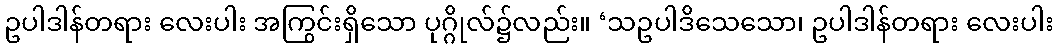
ဥပါဒါန်တရား လေးပါး အကြွင်းရှိသော ပုဂ္ဂိုလ်၌လည်း။ ‘သဥပါဒိသေသော၊ ဥပါဒါန်တရား လေးပါး